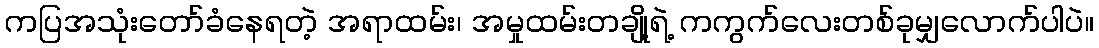
ကပြအသုံးတော်ခံနေရတဲ့ အရာထမ်း၊ အမှုထမ်းတချို့ရဲ့ ကကွက်လေးတစ်ခုမျှလောက်ပါပဲ။